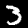
Digit: 3